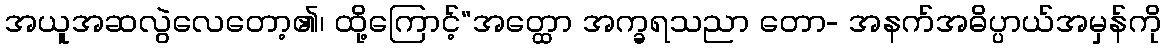
အယူအဆလွဲလေတော့၏၊ ထို့ကြောင့်“အတ္ထော အက္ခရသညာ တော- အနက်အဓိပ္ပာယ်အမှန်ကို